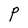
Character: P